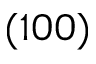
( 1 0 0 )